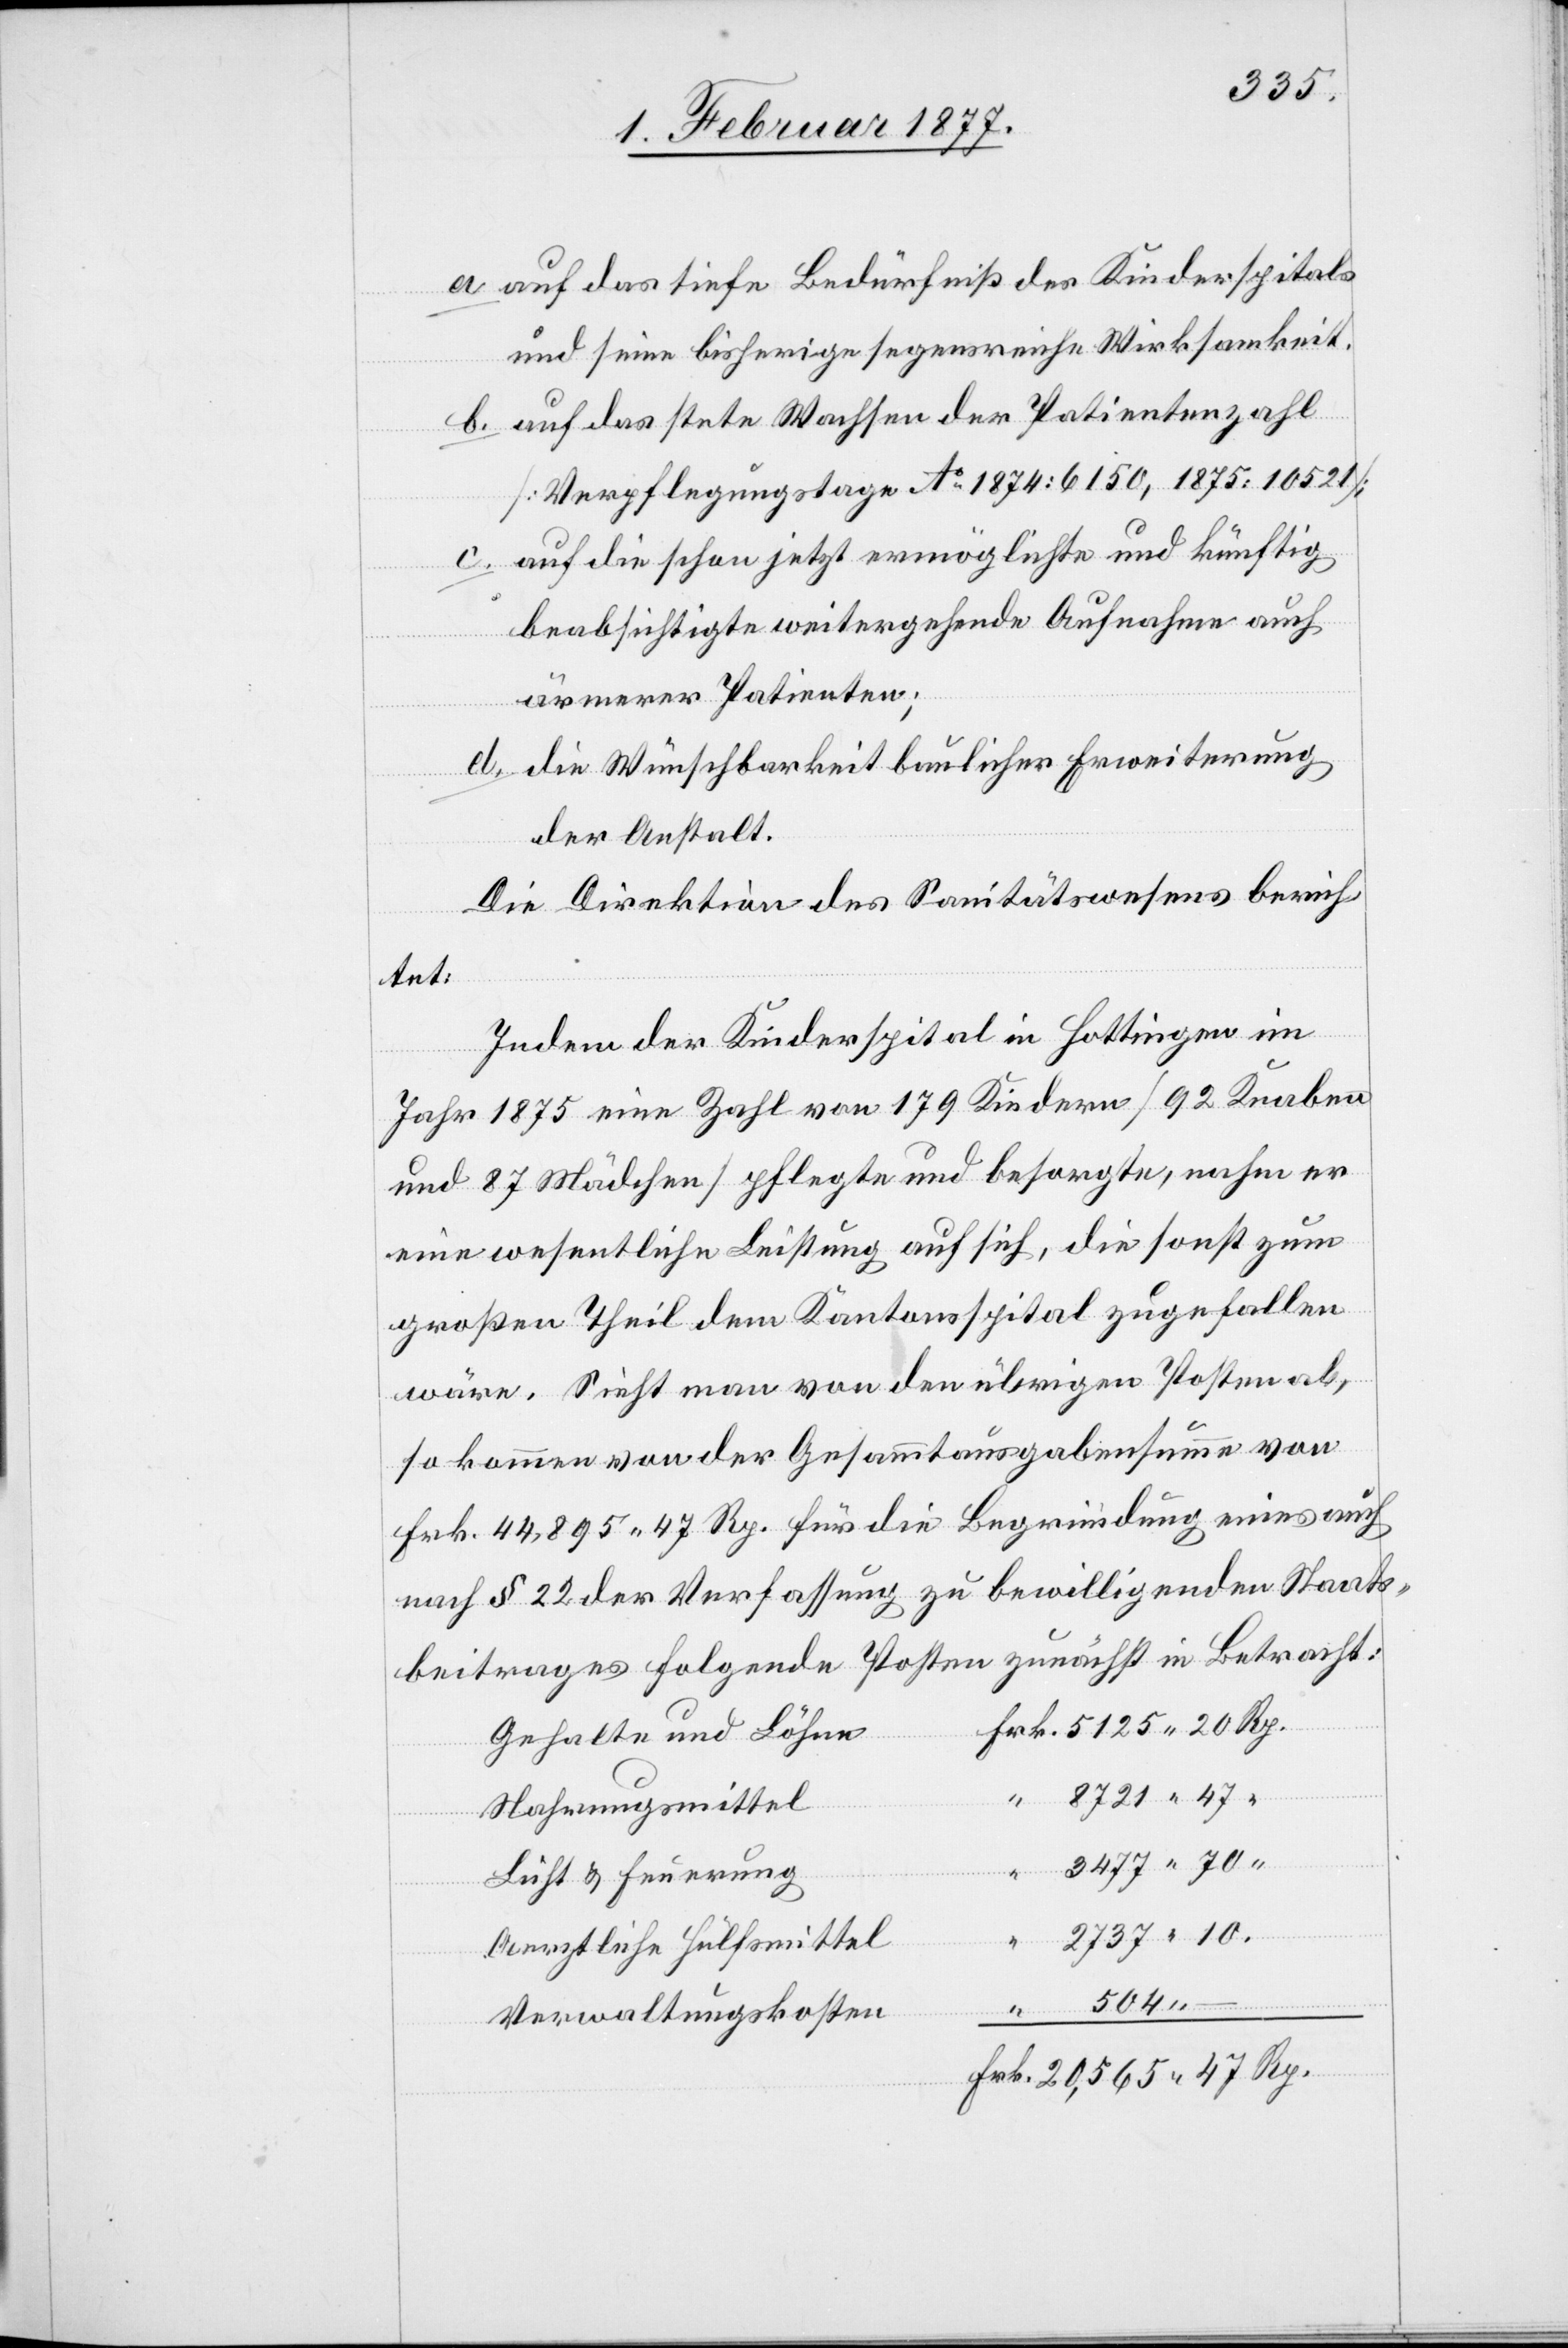
a. auf das tiefe Bedürfniß des Kinderspitals
und seine bisherige segensreiche Wirksamkeit.
b. auf das stete Wachsen der Patientenzahl
[Verpflegungstage Ao 1874: 6150, 1875: 10,521];
auf die schon jetzt ermöglichte und künftig
beabsichtigte weitergehende Aufnahme auch
ärmerer Patienten;
d. die Wünschbarkeit baulicher Erweiterung
der Anstalt.
Die Direktion des Sanitätswesens berich¬
tet:
Indem der Kinderspital in Hottingen im
Jahr 1875 eine Zahl von 179 Kindern [92 Knaben
und 87 Mädchen] pflegte und besorgte, nahm er
eine wesentliche Leistung auf sich, die sonst zum
großen Theil dem Kantonsspital zugefallen
wäre. Sieht man von den übrigen Posten ab,
so kommen von der Gesammtausgabensumme von
Frk. 44,895 47 Rp. für die Begründung eines auch
nach § 22 der Verfassung zu bewilligenden Staats¬
beitrages folgende Posten zunächst in Betracht:
Gehalte und Löhne
Nahrungsmittel
Licht & Feuerung
Aerztliche Hülfsmittel
“
Verwaltungskosten